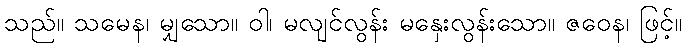
သည်။ သမေန၊ မျှသော။ ဝါ၊ မလျင်လွန်း မနှေးလွန်းသော။ ဇဝေန၊ ဖြင့်။